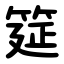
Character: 筵